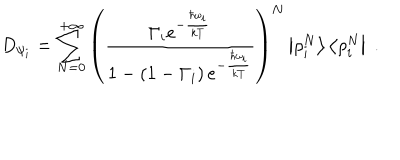
D _ { \psi _ { i } } = \sum _ { N = 0 } ^ { + \infty } { \left( \frac { \Gamma _ { i } e ^ { - { \frac { \hbar \omega _ { i } } { k T } } } } { 1 - \left( 1 - \Gamma _ { i } \right) e ^ { - { \frac { \hbar \omega _ { i } } { k T } } } } \right) } ^ { N } \left| \rho _ { i } ^ { N } \right> \left< \rho _ { i } ^ { N } \right| \; .